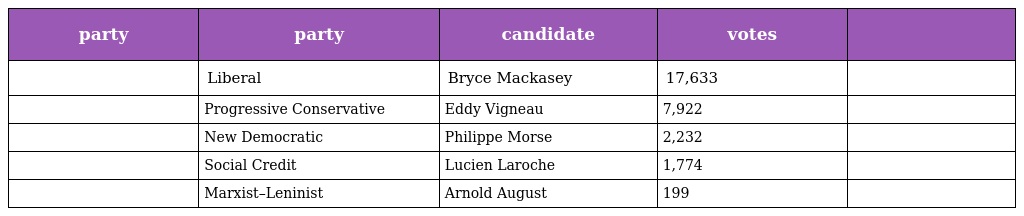
| party | party | candidate | votes |  |
 | --- | --- | --- | --- | --- |
 |  | Liberal | Bryce Mackasey | 17,633 |  |
 |  | Progressive Conservative | Eddy Vigneau | 7,922 |  |
 |  | New Democratic | Philippe Morse | 2,232 |  |
 |  | Social Credit | Lucien Laroche | 1,774 |  |
 |  | Marxist–Leninist | Arnold August | 199 |  |